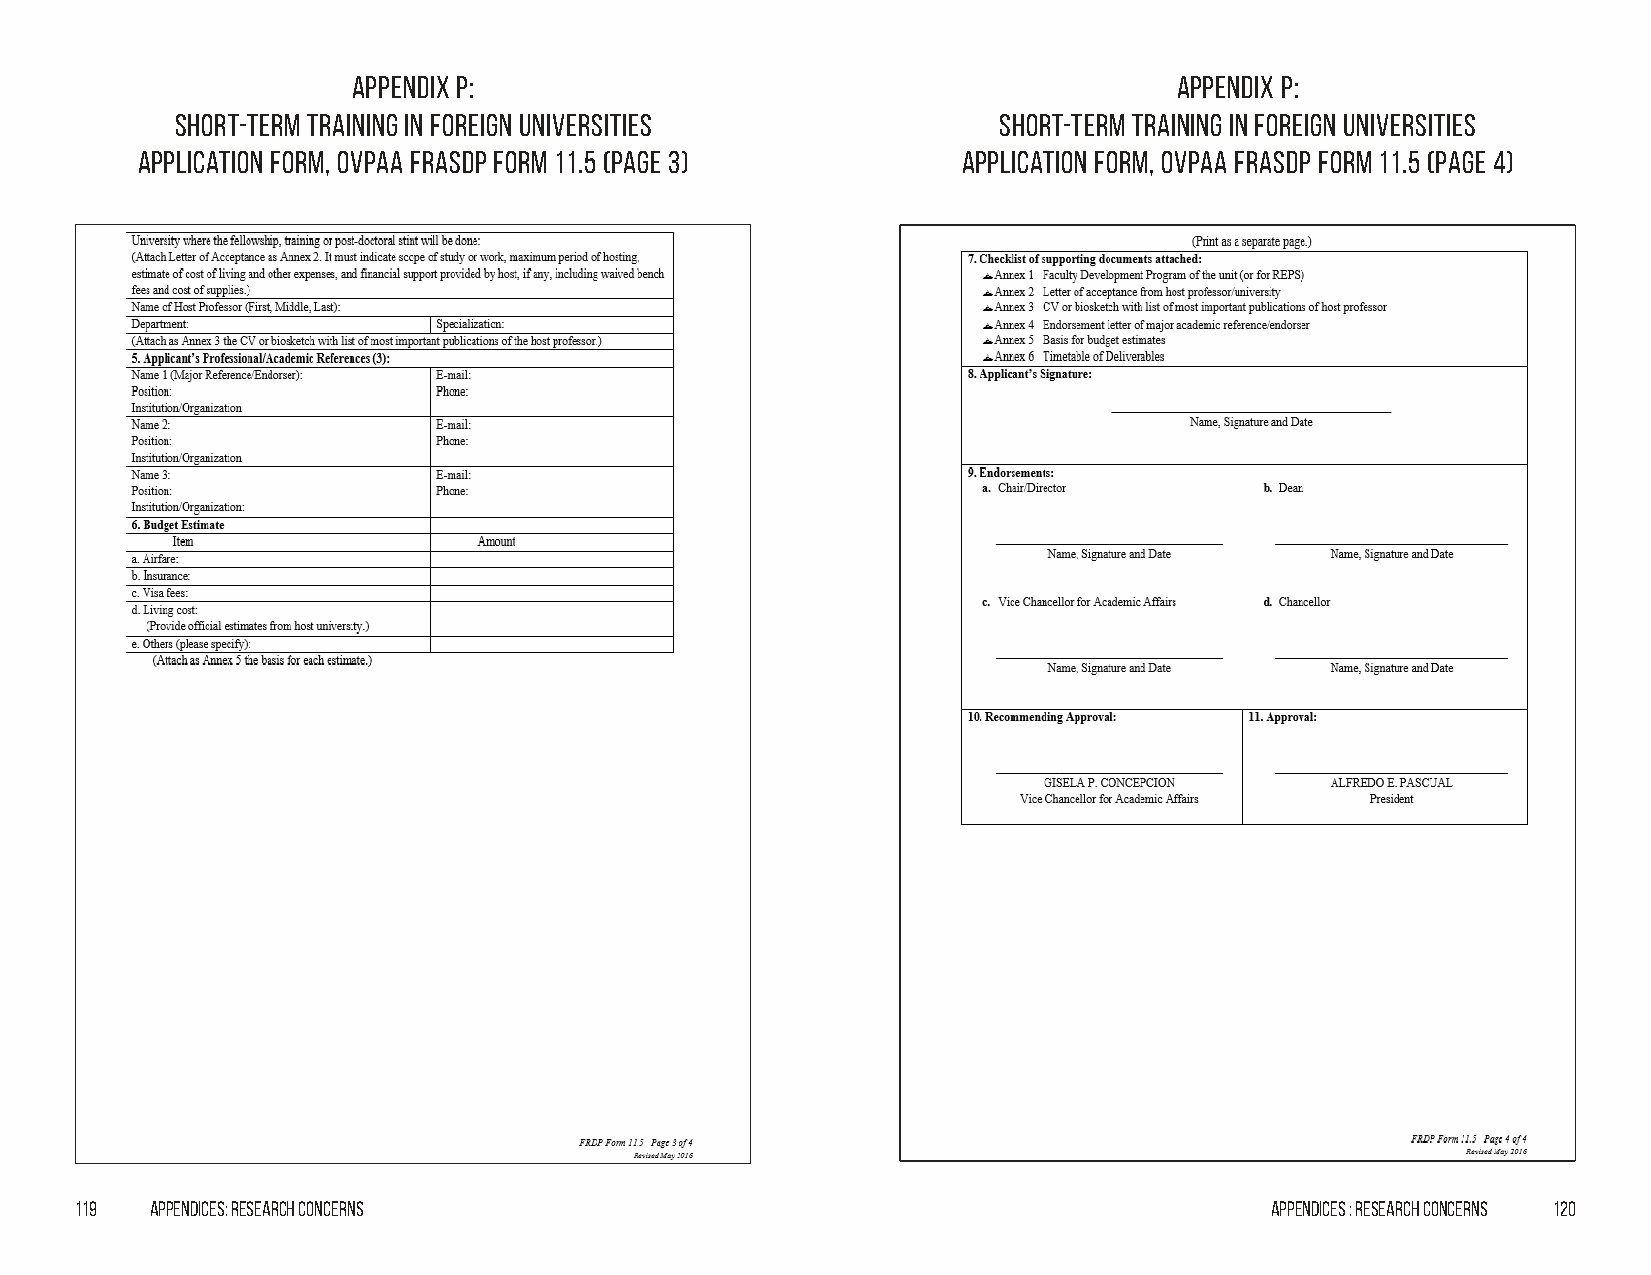
Appendix p:                                            Appendix p:
 Short-term Training in Foreign Universities           Short-term Training in Foreign Universities
 Application Form, OVPAA FRASDP Form 11.5 (Page 3)      Application Form, OVPAA FRASDP Form 11.5 (Page 4)
 119  Appendices: Research Concerns                                             Appendices : Research Concerns 120